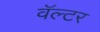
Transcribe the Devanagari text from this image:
वॅल्टर